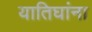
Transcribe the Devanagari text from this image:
यातिघांना